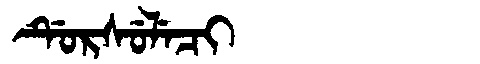
Manchu: ᡩᡠᡵᠰᡠᠯᡝᠴᡳ
Romanization: DURSULECI